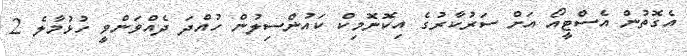
އެގޮތުން އެސްޓީއޯ އަށް ސަރުކާރުގެ އިކޮނޮމިކް ކައުންސިލުން ހުއްދަ ދެއްވަންވީ ހުޅުމާލެ 2